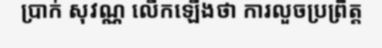
ប្រាក់ សុវណ្ណ លើកឡើងថា ការលួចប្រព្រឹត្ត